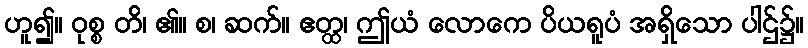
ဟူ၍။ ဝုစ္စ တိ၊ ၏။ စ၊ ဆက်။ ဧတ္ထ၊ ဤယံ လောကေ ပိယရူပံ အရှိသော ပါဌ်၌။